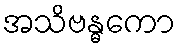
အသိဗန္ဓကော